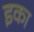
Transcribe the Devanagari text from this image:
इका